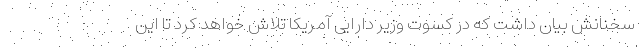
سخنانش بیان داشت که در کسوت وزیر دارایی آمریکا تلاش خواهد کرد تا این